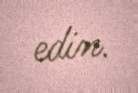
edin.